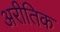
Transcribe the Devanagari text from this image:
अरीतिक